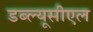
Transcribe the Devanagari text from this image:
डब्ल्यूसीएल